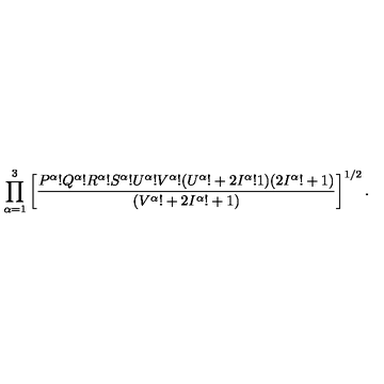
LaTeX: \prod _ { \alpha = 1 } ^ { 3 } \left[ { \frac { P ^ { \alpha } ! Q ^ { \alpha } ! R ^ { \alpha } ! S ^ { \alpha } ! U ^ { \alpha } ! V ^ { \alpha } ! ( U ^ { \alpha } ! + 2 I ^ { \alpha } ! 1 ) ( 2 I ^ { \alpha } ! + 1 ) } { ( V ^ { \alpha } ! + 2 I ^ { \alpha } ! + 1 ) } } \right] ^ { 1 / 2 } .